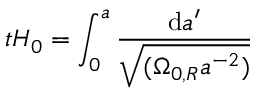
t H _ { 0 } = \int _ { 0 } ^ { a } { \frac { \mathrm { d } a ^ { \prime } } { \sqrt { ( \Omega _ { 0 , R } a ^ { - 2 } ) } } }